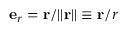
\mathbf { e } _ { r } = \mathbf { r } / | | \mathbf { r } | | \equiv \mathbf { r } / r